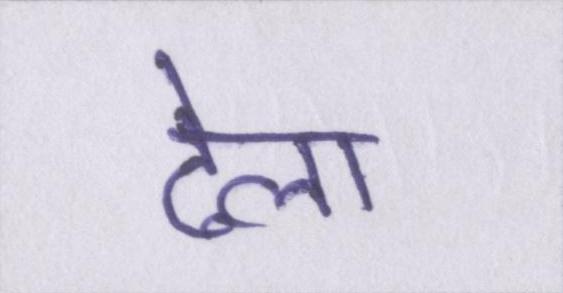
ढेला